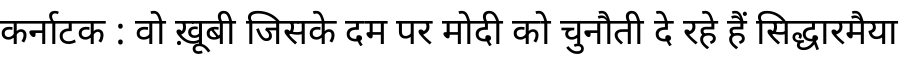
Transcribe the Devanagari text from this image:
कर्नाटक : वो ख़ूबी जिसके दम पर मोदी को चुनौती दे रहे हैं सिद्धारमैया